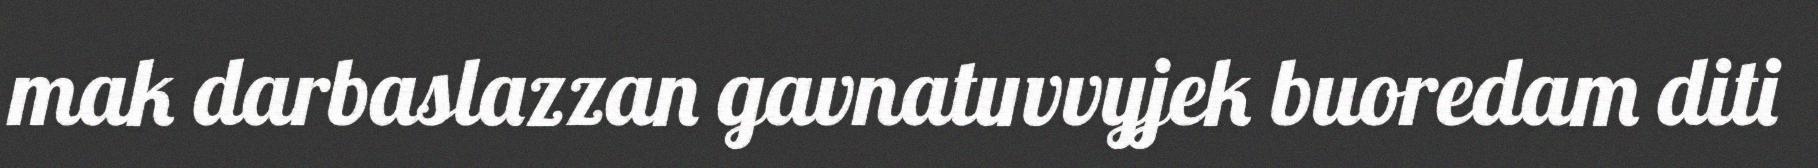
mak darbaslazzan gavnatuvvyjek buoredam diti